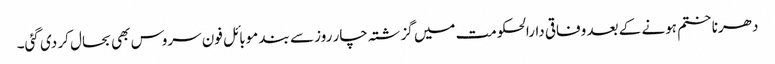
دھرنا ختم ہونے کے بعد وفاقی دارالحکومت میں گزشتہ چار روز سے بند موبائل فون سروس بھی بحال کر دی گئی۔